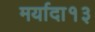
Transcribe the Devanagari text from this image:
मर्यादा१३